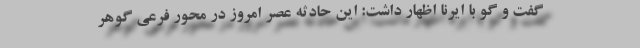
گفت و گو با ایرنا اظهار داشت: این حادثه عصر امروز در محور فرعی گوهر